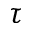
\tau